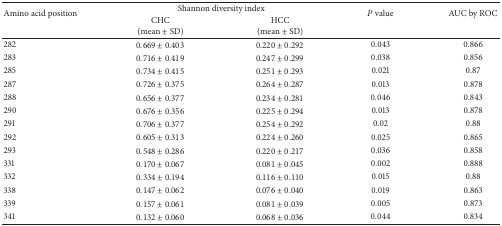
| <ROWSPAN=2> Amino acid position | <COLSPAN=2> Shannon diversity index | <ROWSPAN=2> P value | <ROWSPAN=2> AUC by ROC |
 | CHC(mean ± SD) | HCC(mean ± SD) |
 | --- | --- | --- | --- | --- |
 | 282 | 0.669 ± 0.403 | 0.220 ± 0.292 | 0.043 | 0.866 |
 | 283 | 0.716 ± 0.419 | 0.247 ± 0.299 | 0.038 | 0.856 |
 | 285 | 0.734 ± 0.415 | 0.251 ± 0.293 | 0.021 | 0.87 |
 | 287 | 0.726 ± 0.375 | 0.264 ± 0.287 | 0.013 | 0.878 |
 | 288 | 0.656 ± 0.377 | 0.234 ± 0.281 | 0.046 | 0.843 |
 | 290 | 0.676 ± 0.356 | 0.225 ± 0.294 | 0.013 | 0.878 |
 | 291 | 0.706 ± 0.377 | 0.254 ± 0.292 | 0.02 | 0.88 |
 | 292 | 0.605 ± 0.313 | 0.224 ± 0.260 | 0.025 | 0.865 |
 | 293 | 0.548 ± 0.286 | 0.220 ± 0.217 | 0.036 | 0.858 |
 | 331 | 0.170 ± 0.067 | 0.081 ± 0.045 | 0.002 | 0.888 |
 | 332 | 0.334 ± 0.194 | 0.116 ± 0.110 | 0.015 | 0.88 |
 | 338 | 0.147 ± 0.062 | 0.076 ± 0.040 | 0.019 | 0.863 |
 | 339 | 0.157 ± 0.061 | 0.081 ± 0.039 | 0.005 | 0.873 |
 | 341 | 0.132 ± 0.060 | 0.068 ± 0.036 | 0.044 | 0.834 |